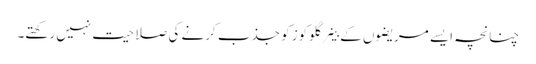
چنانچہ ایسے مریضوں کے خلیے گلوکوز کو جذب کرنے کی صلاحیت نہیں رکھتے۔